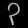
Digit: ၃